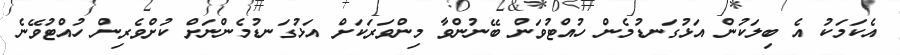
އެކަމަކު އެ ބިލަކުން އަޅުގަނޑުމެން ހުއްޓުވަން ބޭނުންވާ މިންވަރަކަށް އަޅުގަނޑުމެންނަށް ކުށްވެރިން ހުއްޓުވޭނެ